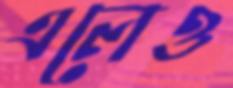
এলেও